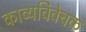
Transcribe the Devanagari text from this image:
काव्यविवेचक